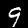
Label: 9